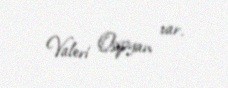
Valeri Osipyan var.